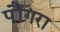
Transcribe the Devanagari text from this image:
पौंगरा